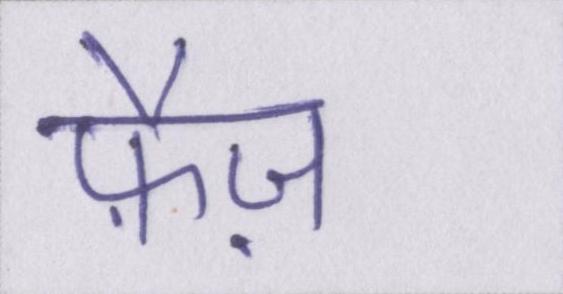
फ़ैज़